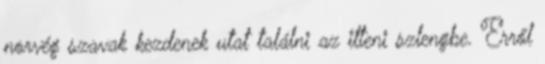
norvég szavak kezdenek utat találni az itteni szlengbe. Erről